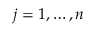
j = 1 , \ldots , n